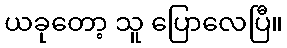
ယခုတော့ သူ ပြောလေပြီ။